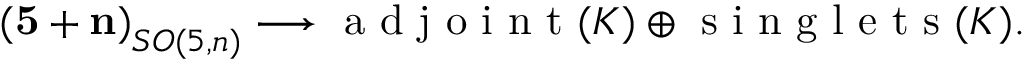
\mathbf { ( 5 + n ) } _ { S O ( 5 , n ) } \longrightarrow \textrm { a d j o i n t } ( K ) \oplus \textrm { s i n g l e t s } ( K ) .